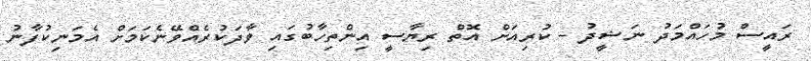
ރައީސް މުހައްމަދު ނަޝީދު - ކުރިއަށް އޮތް ރިޔާސީ އިންތިހާބުގައި ވާދަކުރެއްވޭނެކަމަށް އެމަނިކުފާނު